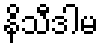
နိသီဒါမ